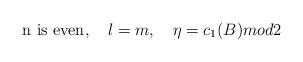
LaTeX: \begin{align*}\mbox{n is even}, \quad \l = m, \quad \eta = c_1(B) mod 2 \end{align*}